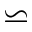
\backsimeq